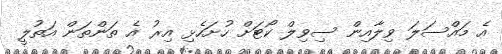
އެ މައްސަލަ ވިލާއިން ސިވިލް ކޯޓަށް ހުށަހެޅި އިރު އެ ތަންތަން އަތުލީ